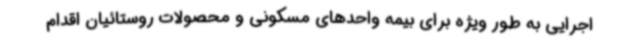
اجرایی به طور ویژه برای بیمه واحدهای مسکونی و محصولات روستائیان اقدام‌